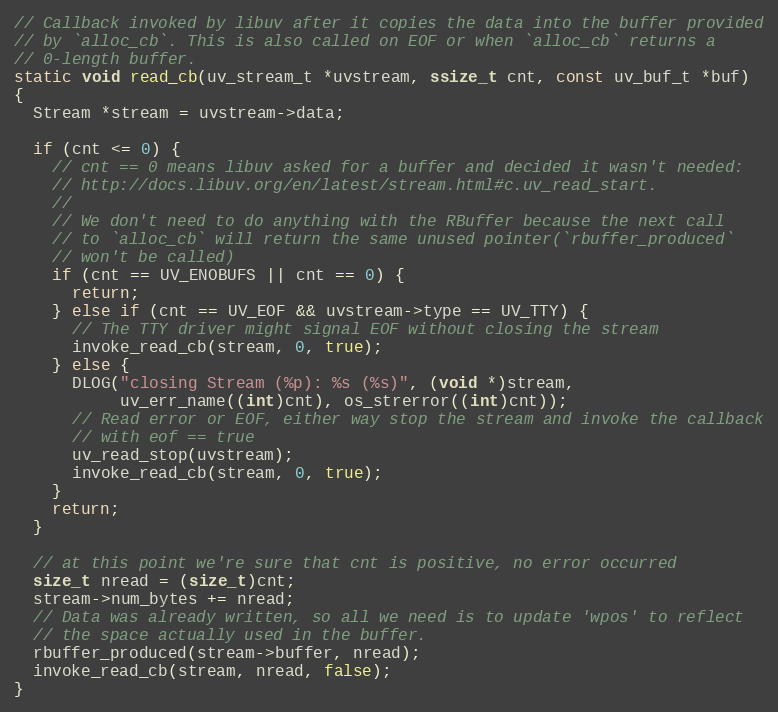
Language: C
// Callback invoked by libuv after it copies the data into the buffer provided
// by `alloc_cb`. This is also called on EOF or when `alloc_cb` returns a
// 0-length buffer.
static void read_cb(uv_stream_t *uvstream, ssize_t cnt, const uv_buf_t *buf)
{
  Stream *stream = uvstream->data;

  if (cnt <= 0) {
    // cnt == 0 means libuv asked for a buffer and decided it wasn't needed:
    // http://docs.libuv.org/en/latest/stream.html#c.uv_read_start.
    //
    // We don't need to do anything with the RBuffer because the next call
    // to `alloc_cb` will return the same unused pointer(`rbuffer_produced`
    // won't be called)
    if (cnt == UV_ENOBUFS || cnt == 0) {
      return;
    } else if (cnt == UV_EOF && uvstream->type == UV_TTY) {
      // The TTY driver might signal EOF without closing the stream
      invoke_read_cb(stream, 0, true);
    } else {
      DLOG("closing Stream (%p): %s (%s)", (void *)stream,
           uv_err_name((int)cnt), os_strerror((int)cnt));
      // Read error or EOF, either way stop the stream and invoke the callback
      // with eof == true
      uv_read_stop(uvstream);
      invoke_read_cb(stream, 0, true);
    }
    return;
  }

  // at this point we're sure that cnt is positive, no error occurred
  size_t nread = (size_t)cnt;
  stream->num_bytes += nread;
  // Data was already written, so all we need is to update 'wpos' to reflect
  // the space actually used in the buffer.
  rbuffer_produced(stream->buffer, nread);
  invoke_read_cb(stream, nread, false);
}